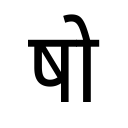
OCR:
षो